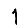
Digit: 1